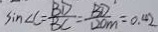
\sin \angle C = \frac { B D } { B C } = \frac { B D } { 1 2 0 m } = 0 . 4 2